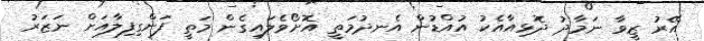
އޭރު ޒީވާ ނަމާދު ދޮޅިއާއެކު އުއްޑުން އެނދުމަތީ އޮށޯވެލައިގެން މަތީ ފަންގިފިލާއަށް ނަޒަރު